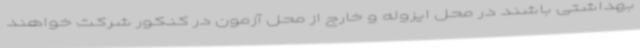
بهداشتی باشند در محل ایزوله و خارج از محل آزمون در کنکور شرکت خواهند